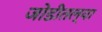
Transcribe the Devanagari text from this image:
जोडीतल्या